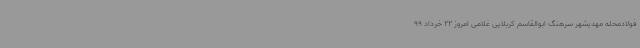
فولادمحله مهدیشهر سرهنگ ابوالقاسم کربلایی غلامی امروز 22 خرداد 99